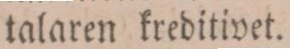
talaren kreditivet.